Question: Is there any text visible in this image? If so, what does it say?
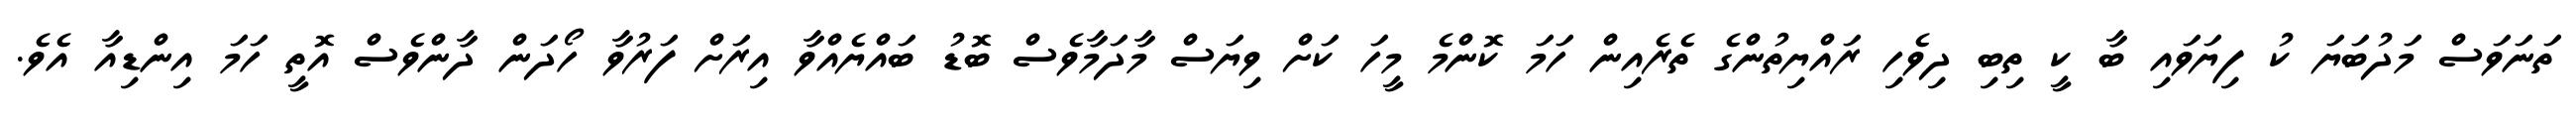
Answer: ތަނަވަސް މަދުބަޔަ ކު ފިޔަވައި ބާ ކީ ތިބި ދިވެހި ރައްޔިތުންގެ ތެރެއިން ހަމަ ކޮންމެ މީހަ ކަށް ވިޔަސް މާދަމާވެސް ބޮޑު ބައްޔެއްވާ އިރަށް ފަރުވާ ހޯދަން ދާންވެސް އޮތީ ހަމަ އިންޑިއާ އެވެ.